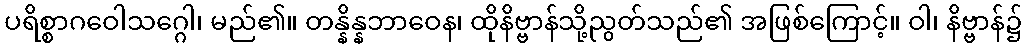
ပရိစ္စာဂဝေါသဂ္ဂေါ၊ မည်၏။ တန္နိန္နဘာဝေန၊ ထိုနိဗ္ဗာန်သို့ညွတ်သည်၏ အဖြစ်ကြောင့်။ ဝါ၊ နိဗ္ဗာန်၌